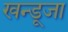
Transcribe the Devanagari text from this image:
खन्डूजा